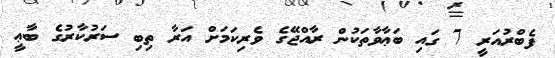
ފެބްރުއަރީ 7 ގައި ބަޢާވާތަކުން ރާއްޖޭގެ ވެރިކަމަށް އަރާ ތިބި ސަރުކާރުގެ ބާޢީ